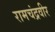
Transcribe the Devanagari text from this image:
रामचंद्रवीर